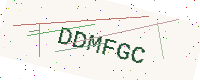
Text: DDMFGC